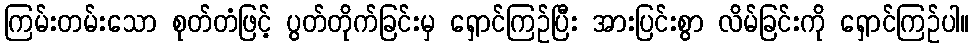
ကြမ်းတမ်းသော စုတ်တံဖြင့် ပွတ်တိုက်ခြင်းမှ ရှောင်ကြဉ်ပြီး အားပြင်းစွာ လိမ်ခြင်းကို ရှောင်ကြဉ်ပါ။